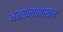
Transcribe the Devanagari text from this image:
भगवन्तभास्करः